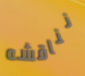
نناقشه